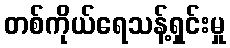
တစ်ကိုယ်ရေသန့်ရှင်းမှု